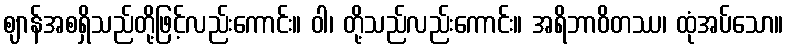
ဈာန်အစရှိသည်တို့ဖြင့်လည်းကောင်း။ ဝါ၊ တို့သည်လည်းကောင်း။ အရိဘာဝိတဿ၊ ထုံအပ်သော။